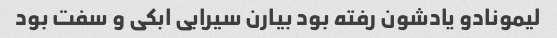
لیمونادو یادشون رفته بود بیارن سیرابی ابکی و سفت بود